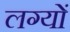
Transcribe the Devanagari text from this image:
लग्यों